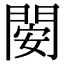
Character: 𨴣